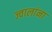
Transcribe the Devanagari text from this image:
ज्वालांना